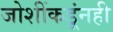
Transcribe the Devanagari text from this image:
जोशींकडूंनही